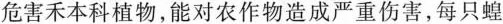
危害禾本科植物，能对农作物造成严重伤害，每只蝗